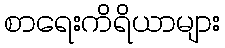
စာရေးကိရိယာများ